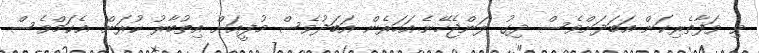
ވި ވަފާތެރިކަން އަބަދަށްވެސް ދިގު ލަންޖެހޭނެ.އަހަރެން އަބަދުވެސް މުފީއަށް އިތުބާރު ކުރަން. އެކަމްވެސް